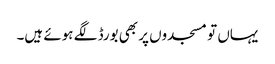
یہاں تو مسجدوں پر بھی بورڈ لگے ہوئے ہیں۔